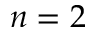
n = 2